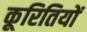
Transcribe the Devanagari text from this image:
कूरितियों